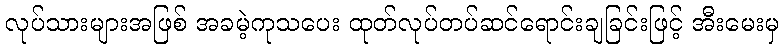
လုပ်သားများအဖြစ် အခမဲ့ကုသပေး ထုတ်လုပ်တပ်ဆင်ရောင်းချခြင်းဖြင့် အီးမေးမှ